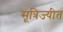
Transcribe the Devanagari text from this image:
सूत्रिज्यीत